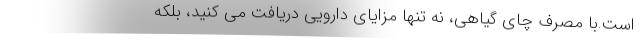
است.با مصرف چای گیاهی، نه تنها مزایای دارویی دریافت می کنید، بلکه